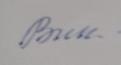
Signature authenticity: forged